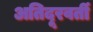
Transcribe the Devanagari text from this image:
अतिदूरवर्ती